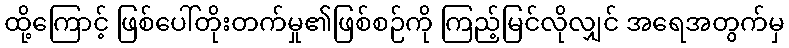
ထို့ကြောင့် ဖြစ်ပေါ်တိုးတက်မှု၏ဖြစ်စဉ်ကို ကြည့်မြင်လိုလျှင် အရေအတွက်မှ